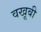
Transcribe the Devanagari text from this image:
वखूबी